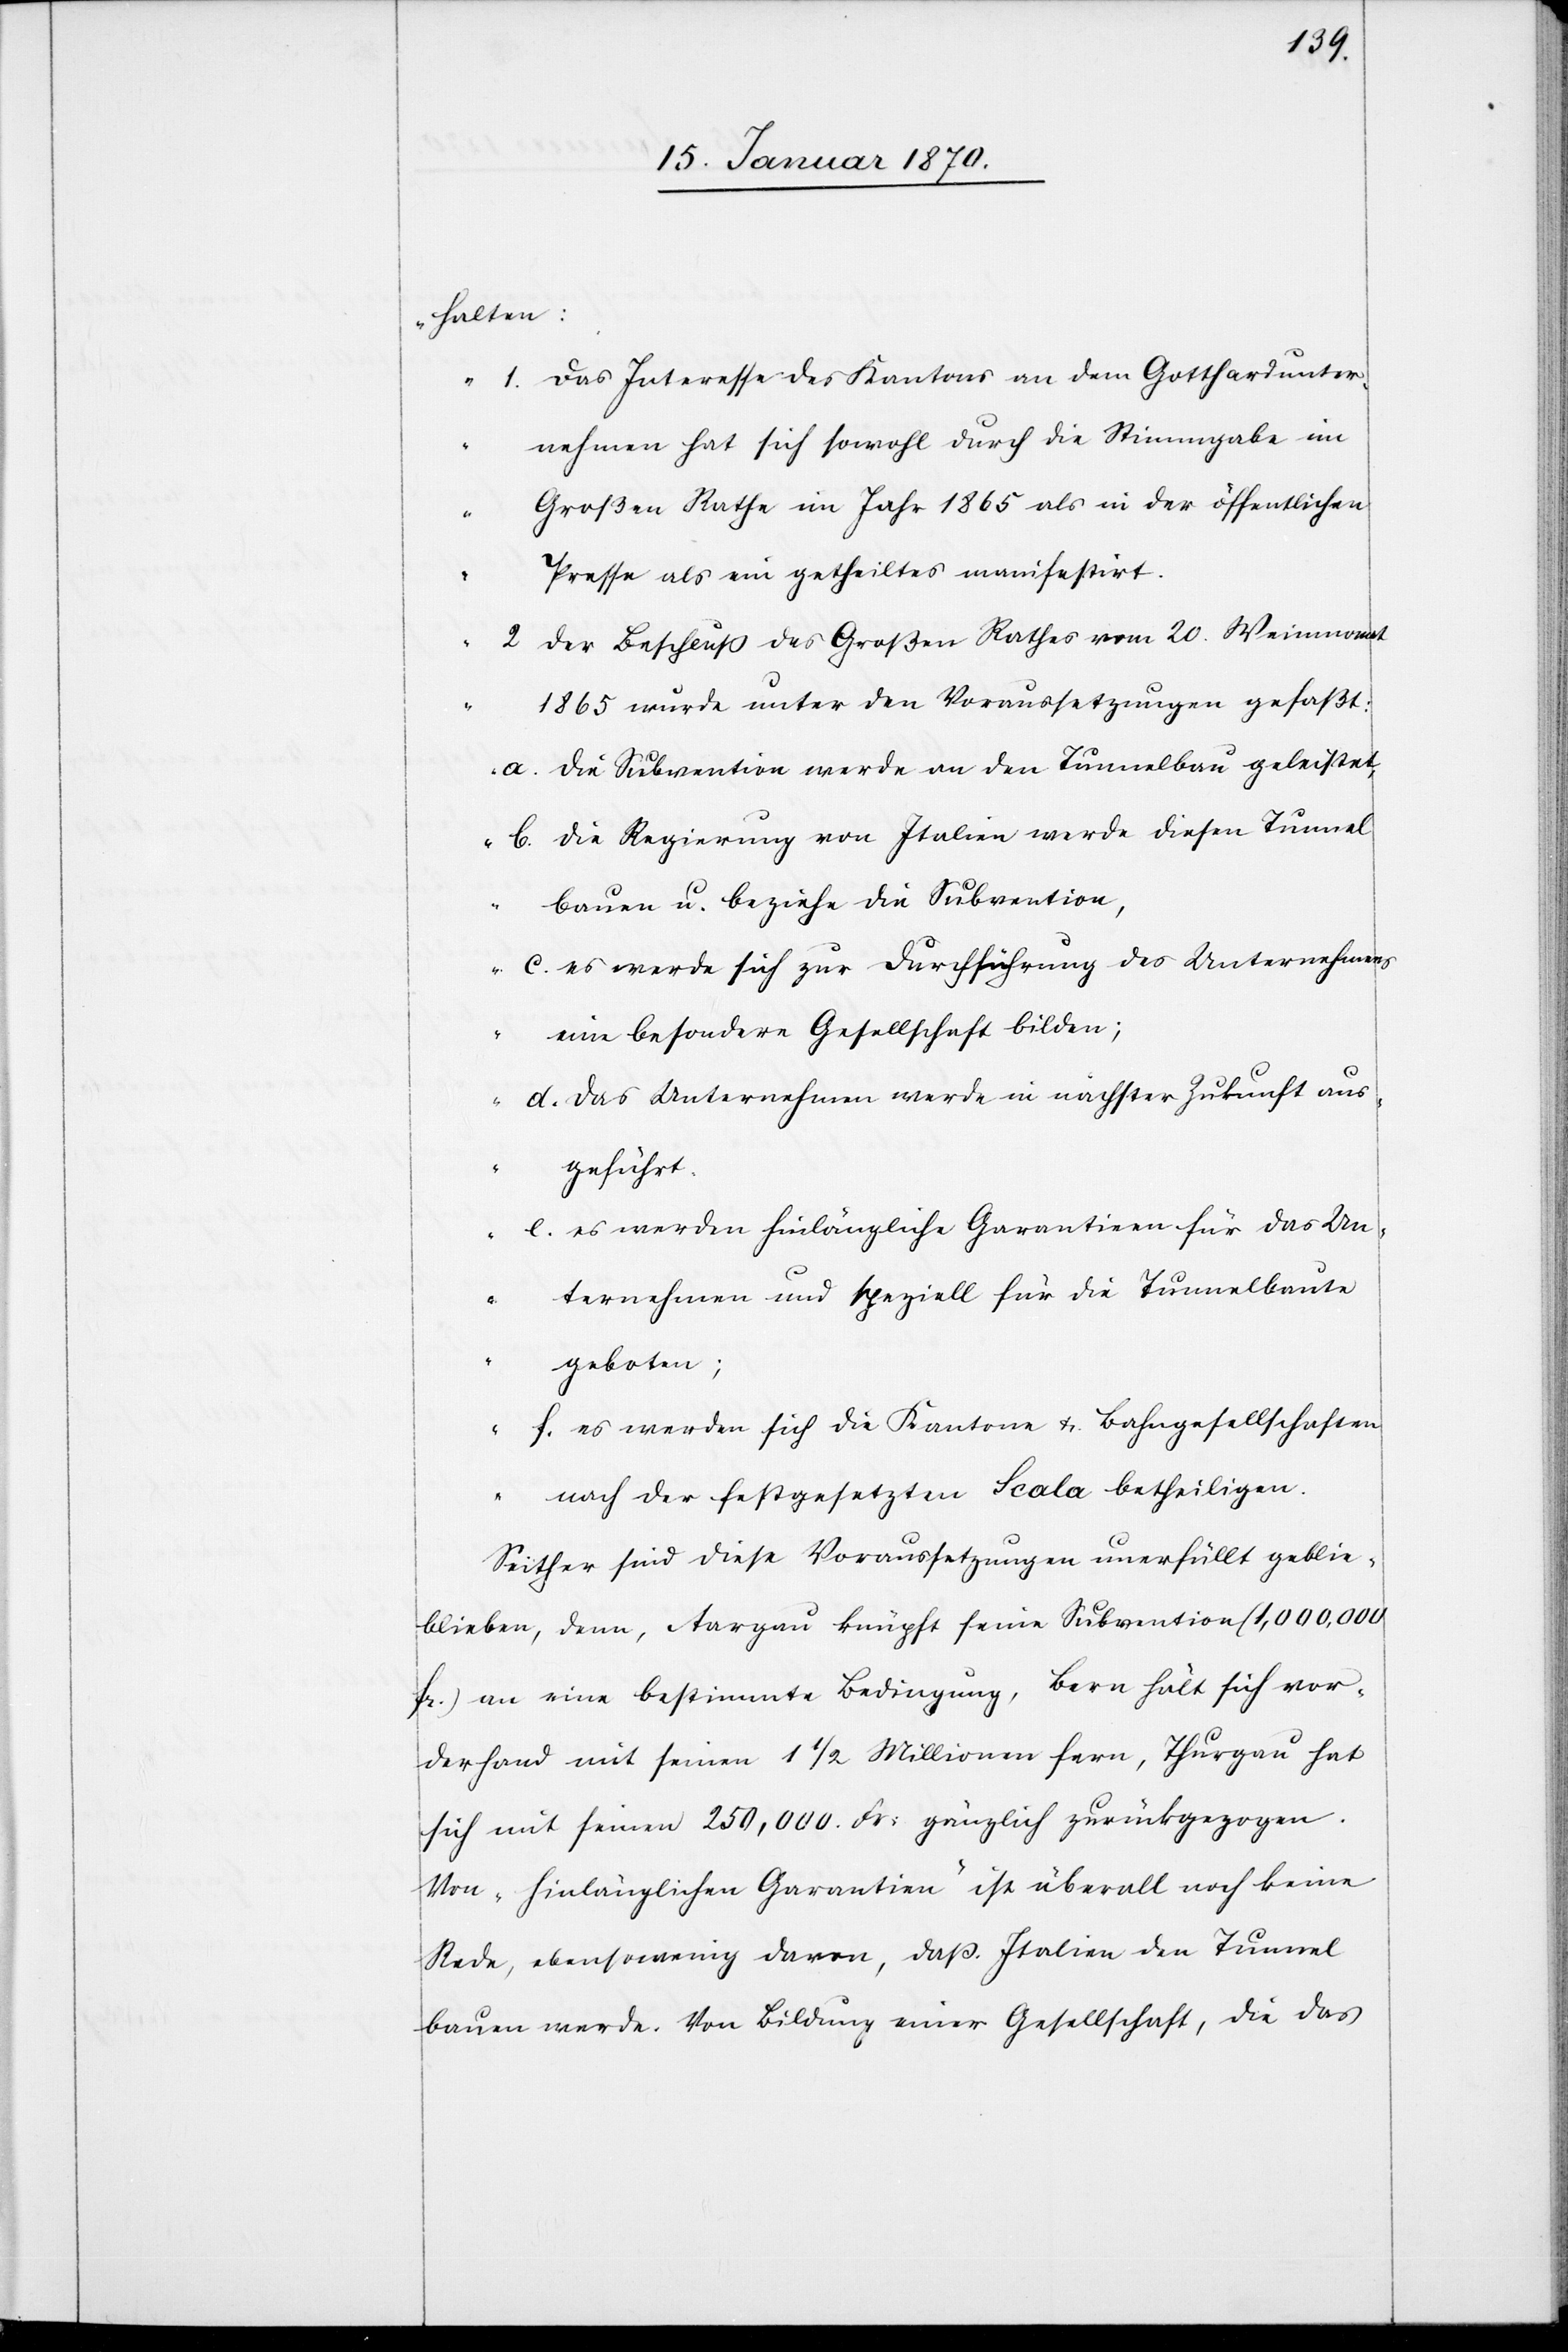
halten:
„1. Das Interesse des Kantons an dem Gotthardunter¬
nehmen hat sich sowohl durch die Stimmgabe im
Großen Rathe im Jahr 1865 als in der öffentlichen
Presse als ein getheiltes manifestirt.
2. Der Beschluß des Großen Rathes vom 20. Weinmonat
1865 wurde unter den Voraussetzungen gefaßt:
a. die Subvention werde an den Tunnelbau geleistet,
b. die Regierung von Italien werde diesen Tunnel
bauen u. beziehe die Subvention,
c. es werde sich zur Durchführung des Unternehmens
eine besondere Gesellschaft bilden;
d. das Unternehmen werde in nächster Zukunft aus¬
geführt.
e. es werden hinlängliche Garantien für das Un¬
ternehmen und speziell für die Tunnelbaute
geboten;
f. es werden sich die Kantone u. Bahngesellschaften
nach der festgesetzten Scala betheiligen.
Seither sind diese Voraussetzungen unerfüllt gebli¬
eben, denn, Aargau knüpft seine Subvention (1,000,000
fr.) an eine bestimmte Bedingung, Bern hält sich vor¬
derhand mit seinen 1 1/2 Millionen fern, Thurgau hat
sich mit seinen 250,000 Fr: gänzlich zurückgezogen.
Von „hinlänglichen Garantien“ ist überall noch keine
Rede, ebensowenig davon, daß Italien den Tunnel
bauen werde. Von Bildung einer Gesellschaft, die das